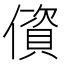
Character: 𰂷